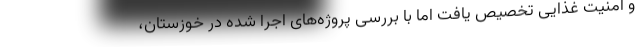
و امنیت غذایی تخصیص یافت اما با بررسی پروژه‌های اجرا شده در خوزستان،